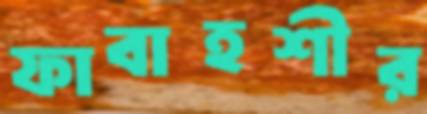
ফাবাহশীর